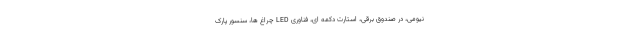
نیومی، درِ صندوق برقی، استارت دکمه ای، فناوری LED چراغ ها، سنسور پارک